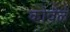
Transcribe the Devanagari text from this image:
कोवळं